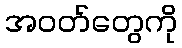
အဝတ်တွေကို